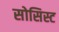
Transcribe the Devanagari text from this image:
सोसिस्ट